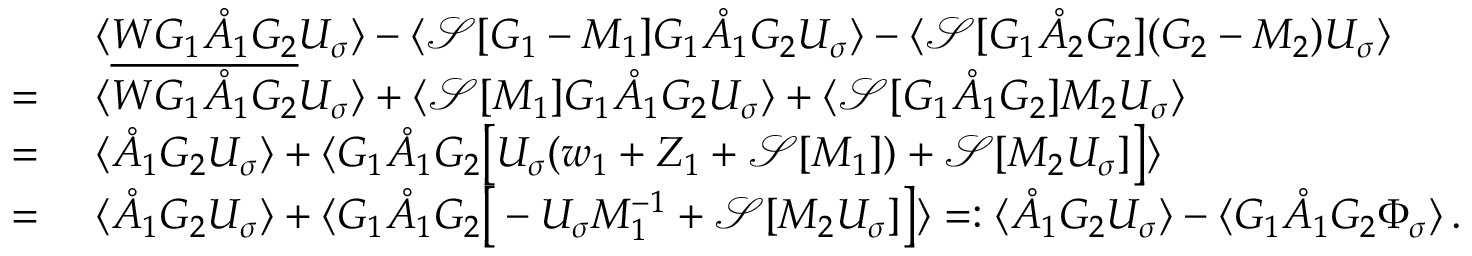
\begin{array} { r l } & { \langle \underline { { W G _ { 1 } \mathring { A } _ { 1 } G _ { 2 } } } U _ { \sigma } \rangle - \langle \mathcal { S } [ G _ { 1 } - M _ { 1 } ] G _ { 1 } \mathring { A } _ { 1 } G _ { 2 } U _ { \sigma } \rangle - \langle \mathcal { S } [ G _ { 1 } \mathring { A } _ { 2 } G _ { 2 } ] ( G _ { 2 } - M _ { 2 } ) U _ { \sigma } \rangle } \\ { = \ } & { \langle { W G _ { 1 } \mathring { A } _ { 1 } G _ { 2 } } U _ { \sigma } \rangle + \langle \mathcal { S } [ M _ { 1 } ] G _ { 1 } \mathring { A } _ { 1 } G _ { 2 } U _ { \sigma } \rangle + \langle \mathcal { S } [ G _ { 1 } \mathring { A } _ { 1 } G _ { 2 } ] M _ { 2 } U _ { \sigma } \rangle } \\ { = \ } & { \langle \mathring { A } _ { 1 } G _ { 2 } U _ { \sigma } \rangle + \langle G _ { 1 } \mathring { A } _ { 1 } G _ { 2 } \big [ U _ { \sigma } ( w _ { 1 } + Z _ { 1 } + \mathcal { S } [ M _ { 1 } ] ) + \mathcal { S } [ M _ { 2 } U _ { \sigma } ] \big ] \rangle } \\ { = \ } & { \langle \mathring { A } _ { 1 } G _ { 2 } U _ { \sigma } \rangle + \langle G _ { 1 } \mathring { A } _ { 1 } G _ { 2 } \big [ - U _ { \sigma } M _ { 1 } ^ { - 1 } + \mathcal { S } [ M _ { 2 } U _ { \sigma } ] \big ] \rangle = : \langle \mathring { A } _ { 1 } G _ { 2 } U _ { \sigma } \rangle - \langle G _ { 1 } \mathring { A } _ { 1 } G _ { 2 } \Phi _ { \sigma } \rangle \, . } \end{array}